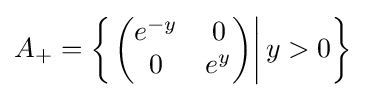
A_{+}=\left\{\left.{\begin{pmatrix}e^{-y}&0\\0&e^{y}\end{pmatrix}}\right|y>0\right\}